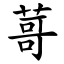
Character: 䔅